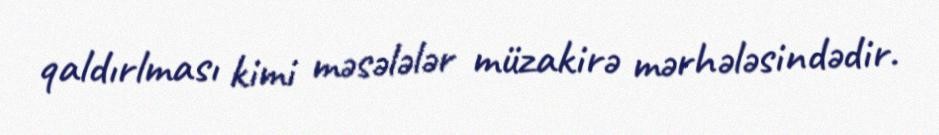
qaldırlması kimi məsələlər müzakirə mərhələsindədir.